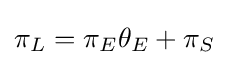
\pi _{L}=\pi _{E}\theta _{E}+\pi _{S}